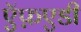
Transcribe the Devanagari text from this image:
ऍफ़एडी